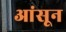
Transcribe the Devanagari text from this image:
आंसून